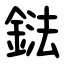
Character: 鍅